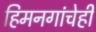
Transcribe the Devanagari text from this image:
हिमनगांचेही